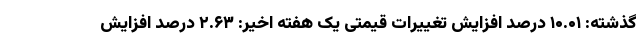
گذشته: ۱۰.۰۱ درصد افزایش تغییرات قیمتی یک هفته اخیر: ۲.۶۳ درصد افزایش